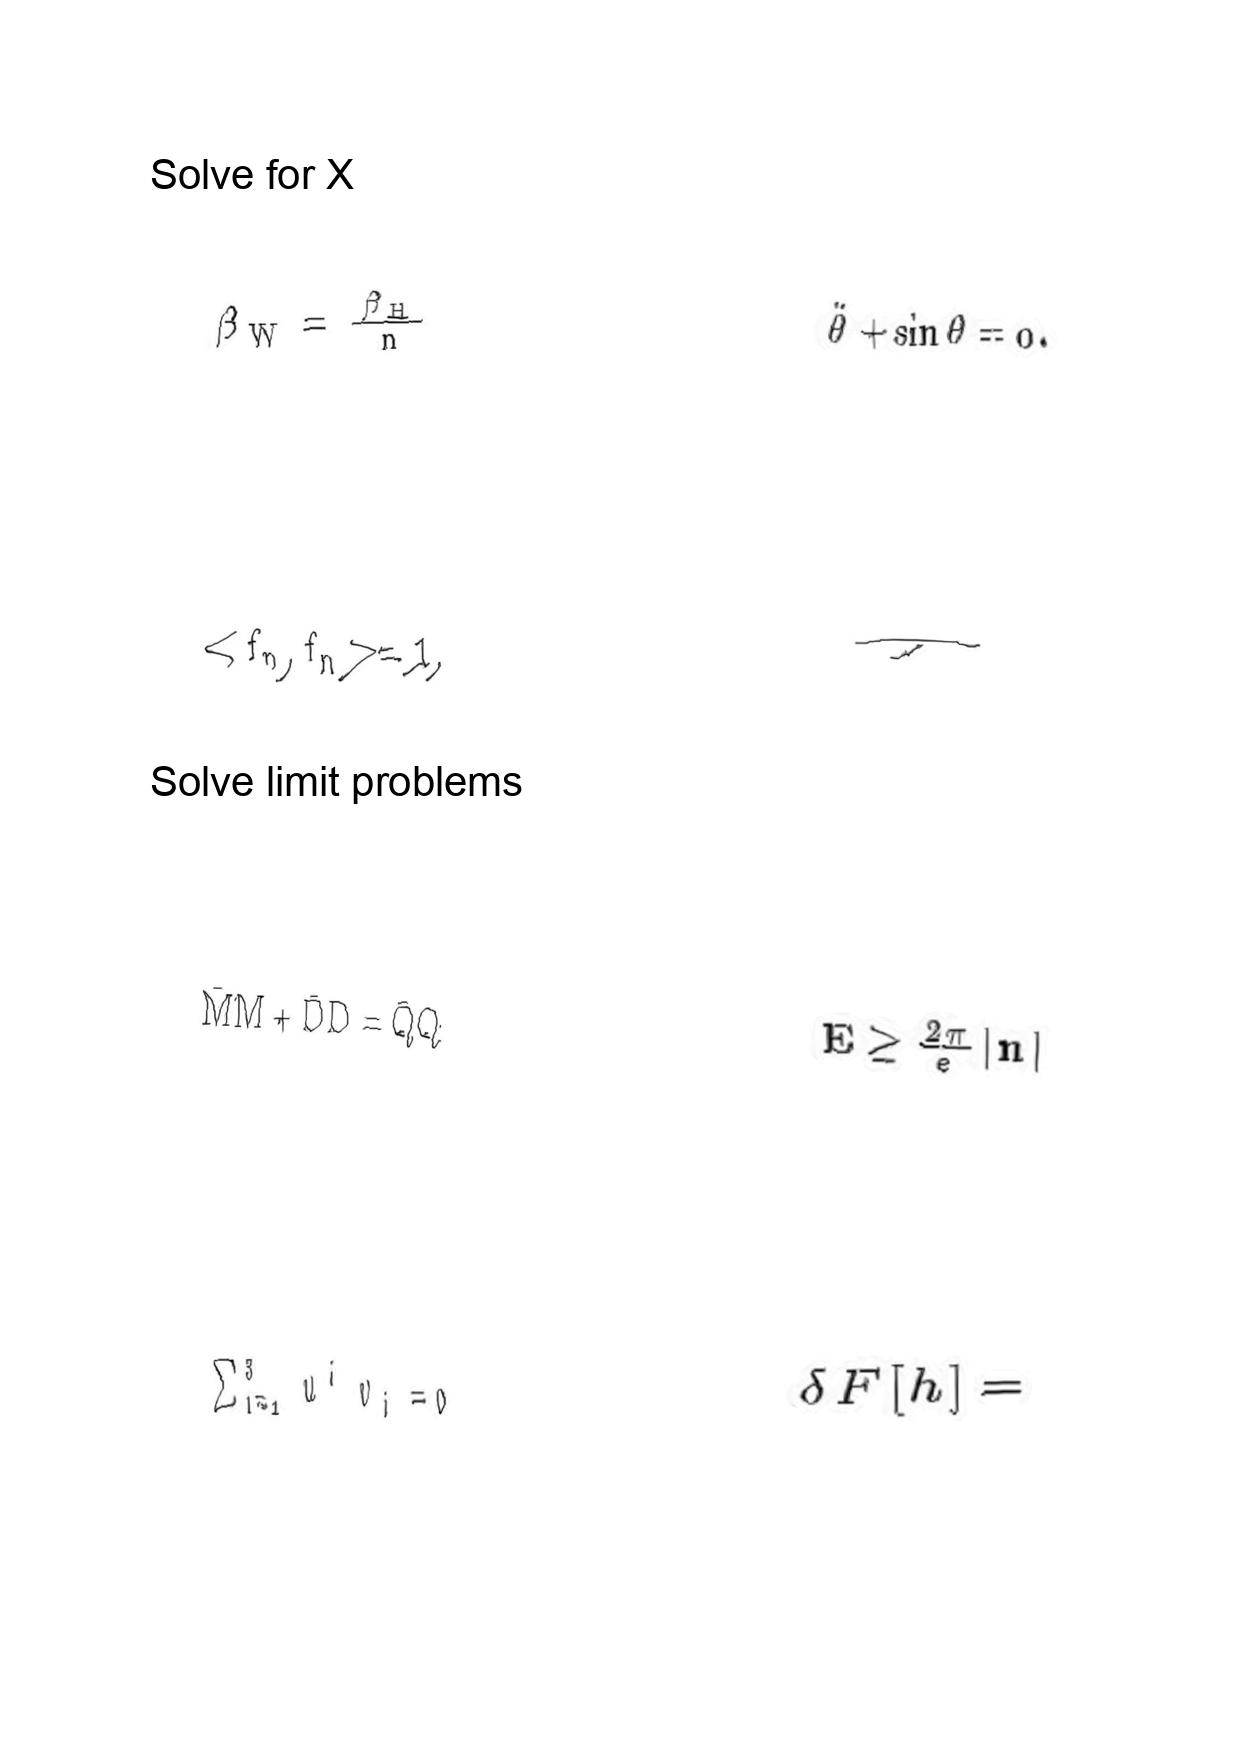
LaTeX transcription:
\beta _ { W } = \frac { \beta _ { H } } { n }
\lt f _ { n } , f _ { n } \gt = 1 ,
\bar { M } M + \bar { D } D = \bar { Q } Q
\sum _ { i = 1 } ^ { 3 } u ^ { i } v _ { i } = 0
\ddot { \theta } + \sin \theta = 0 .
\tau
E \geq \frac { 2 \pi } { e } \vert n \vert
\delta F \lbrack h \rbrack =